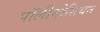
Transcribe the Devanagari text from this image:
पॉलीनोसियन